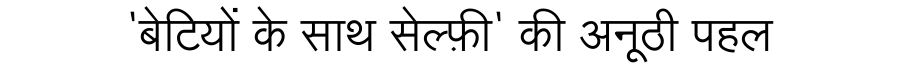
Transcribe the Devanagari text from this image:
'बेटियों के साथ सेल्फ़ी' की अनूठी पहल